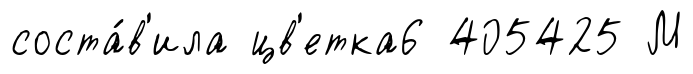
соста́в'ила цв'етка6 405425 М